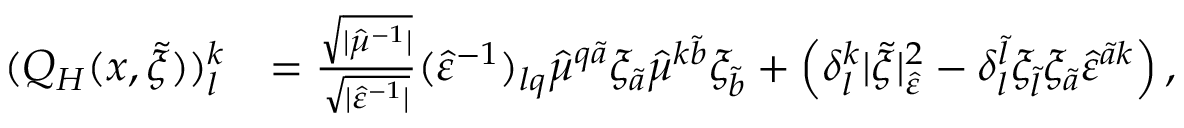
\begin{array} { r l } { ( Q _ { H } ( x , \tilde { \xi } ) ) _ { l } ^ { k } } & { = \frac { \sqrt { \lvert \hat { \mu } ^ { - 1 } \rvert } } { \sqrt { \lvert \hat { \varepsilon } ^ { - 1 } \rvert } } ( \hat { \varepsilon } ^ { - 1 } ) _ { l q } \hat { \mu } ^ { q \tilde { a } } \xi _ { \tilde { a } } \hat { \mu } ^ { k \tilde { b } } \xi _ { \tilde { b } } + \left( \delta _ { l } ^ { k } \lvert \tilde { \xi } \rvert _ { \hat { \varepsilon } } ^ { 2 } - \delta _ { l } ^ { \tilde { l } } \xi _ { \tilde { l } } \xi _ { \tilde { a } } \hat { \varepsilon } ^ { \tilde { a } k } \right) , } \end{array}